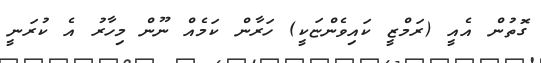
ގޮތުން އެއީ (ރަމްޒީ ކައިވެންޏަކީ) ހަރާން ކަމެއް ނޫން މިހާރު އެ ކުރަނީ